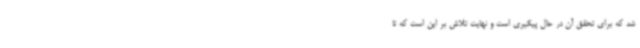
شد که برای تحقق آن در حال پیگیری است و نهایت تلاش بر این است که تا